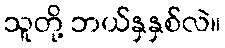
သူတို့ ဘယ်နှနှစ်လဲ။